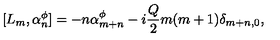
[ L _ { m } , \alpha _ { n } ^ { \phi } ] = - n \alpha _ { m + n } ^ { \phi } - i { \frac { Q } { 2 } } m ( m + 1 ) \delta _ { m + n , 0 } ,